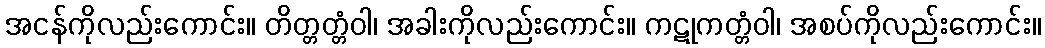
အငန်ကိုလည်းကောင်း။ တိတ္တတ္တံဝါ၊ အခါးကိုလည်းကောင်း။ ကဋုကတ္တံဝါ၊ အစပ်ကိုလည်းကောင်း။